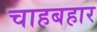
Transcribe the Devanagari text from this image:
चाहबहार